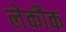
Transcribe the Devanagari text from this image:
लेकौक